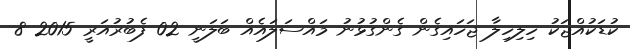
ކުޑަކުއްޖަކު ހިިލިހިލާ ޖަހައިގެން ގެންގުޅުނު މައްސަލައެއް ބަލަނީ 02 ފެބުރުއަރީ 2015 8